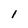
Character: 1